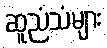
ဆူညံသံများ